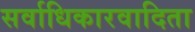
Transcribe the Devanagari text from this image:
सर्वाधिकारवादिता